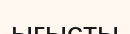
ығысты